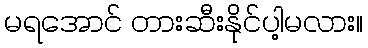
မရအောင် တားဆီးနိုင်ပါ့မလား။